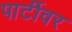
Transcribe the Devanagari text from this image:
पार्टीवर